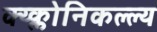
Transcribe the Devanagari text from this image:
क्य्क्लोनिकल्ल्य